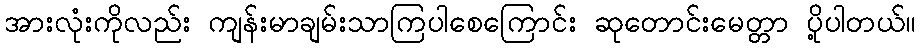
အားလုံးကိုလည်း ကျန်းမာချမ်းသာကြပါစေကြောင်း ဆုတောင်းမေတ္တာ ပို့ပါတယ်။